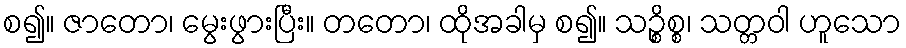
စ၍။ ဇာတော၊ မွေးဖွားပြီး။ တတော၊ ထိုအခါမှ စ၍။ သဉ္စိစ္စ၊ သတ္တဝါ ဟူသော